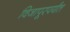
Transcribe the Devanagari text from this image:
विजापूरपर्यंत